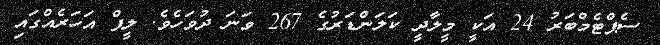
ސެޕްޓެމްބަރު 24 އަކީ މީލާދީ ކަލަންޑަރުގެ 267 ވަނަ ދުވަހެވެ. ލީޕް އަހަރެއްގައި